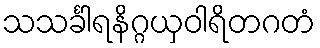
သသင်္ခါရနိဂ္ဂယှဝါရိတဂတံ